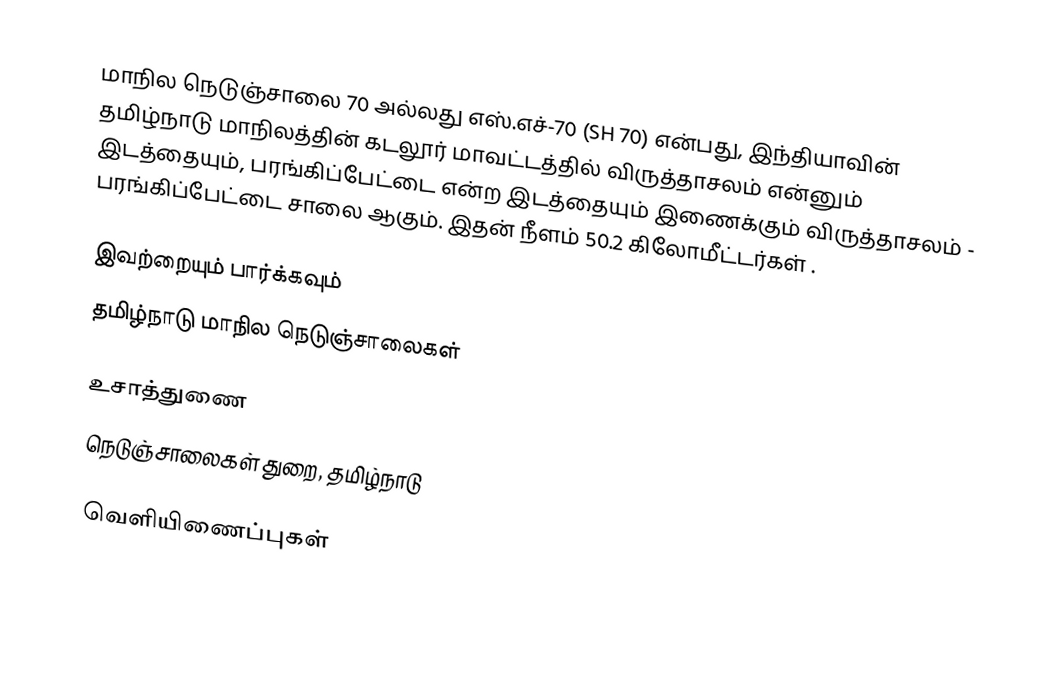
மாநில நெடுஞ்சாலை 70 அல்லது எஸ்.எச்-70 (SH 70) என்பது, இந்தியாவின் தமிழ்நாடு மாநிலத்தின் கடலூர் மாவட்டத்தில் விருத்தாசலம் என்னும் இடத்தையும், பரங்கிப்பேட்டை என்ற இடத்தையும் இணைக்கும் விருத்தாசலம் - பரங்கிப்பேட்டை சாலை ஆகும். இதன் நீளம் 50.2  கிலோமீட்டர்கள் .

இவற்றையும் பார்க்கவும்
 தமிழ்நாடு மாநில நெடுஞ்சாலைகள்

உசாத்துணை
 நெடுஞ்சாலைகள் துறை, தமிழ்நாடு

வெளியிணைப்புகள்